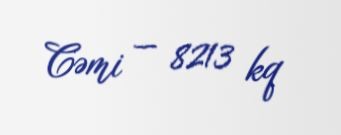
Cəmi — 8213 kq